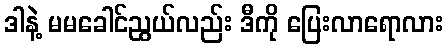
ဒါနဲ့ မမခေါင်ညွယ်လည်း ဒီကို ပြေးလာရောလား